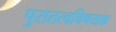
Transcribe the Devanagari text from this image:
पुरातत्वविषयक